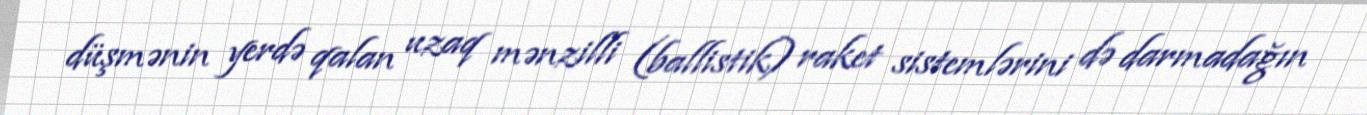
düşmənin yerdə qalan uzaq mənzilli (ballistik) raket sistemlərini də darmadağın